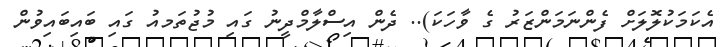
އެކަމަކުލޮލަށް ފެންނަމަންޒަރު ގެ ވާހަކަ).. ދެން އިސްލާމްދީނު ގައި މުޖުތަމއު ގައި ބައިބައިވުން